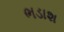
ભડાશ